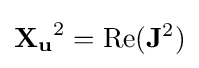
\mathbf {X_{u}} ^{2}=\operatorname {Re} (\mathbf {J} ^{2})